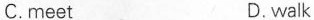
C.meet D.walk